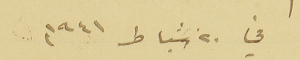
في ٢٠ شباط ١٩٤١